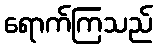
ရောက်ကြသည်